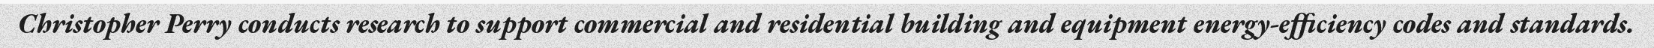
Christopher Perry conducts research to support commercial and residential building and equipment energy-efficiency codes and standards.